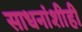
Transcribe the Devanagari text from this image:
साधनांशीही